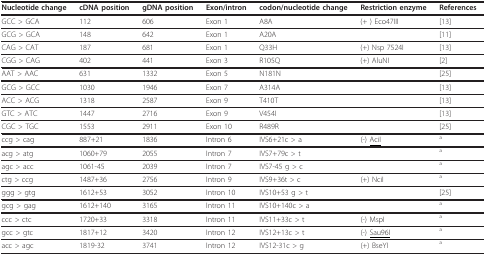
| Nucleotide change | cDNA position | gDNA position | Exon/intron | codon/nucleotide change | Restriction enzyme | References |
 | --- | --- | --- | --- | --- | --- | --- |
 | GCC > GCA | 112 | 606 | Exon 1 | A8A | (+ ) Eco47III | [13] |
 | GCG > GCA | 148 | 642 | Exon 1 | A20A |  | [11] |
 | CAG > CAT | 187 | 681 | Exon 1 | Q33H | (+) Nsp 7524I | [13] |
 | CGG > CAG | 402 | 441 | Exon 3 | R105Q | (+) AluNI | [2] |
 | AAT > AAC | 631 | 1332 | Exon 5 | N181N |  | [25] |
 | GCG > GCC | 1030 | 1946 | Exon 7 | A314A |  | [13] |
 | ACC > ACG | 1318 | 2587 | Exon 9 | T410T |  | [13] |
 | GTC > ATC | 1447 | 2716 | Exon 9 | V454I |  | [13] |
 | CGC > TGC | 1553 | 2911 | Exon 10 | R489R |  | [25] |
 | ccg > cag | 887+21 | 1836 | Intron 6 | IVS6+21c > a | (-) <underline>AciI</underline> | a |
 | acg > atg | 1060+79 | 2055 | Intron 7 | IVS7+79c > t |  | a |
 | agc > acc | 1061-45 | 2039 | Intron 7 | IVS7-45 g > c |  | a |
 | ctg > ccg | 1487+36 | 2756 | Intron 9 | IVS9+36t > c | (+) NciI | a |
 | ggg > gtg | 1612+53 | 3052 | Intron 10 | IVS10+53 g > t |  | [25] |
 | gcg > gag | 1612+140 | 3165 | Intron 11 | IVS10+140c > a |  | a |
 | ccc > ctc | 1720+33 | 3318 | Intron 11 | IVS11+33c > t | (-) MspI | a |
 | gcc > gtc | 1817+12 | 3420 | Intron 12 | IVS12+13c > t | (-) <underline>Sau96I</underline> | a |
 | acc > agc | 1819-32 | 3741 | Intron 12 | IVS12-31c > g | (+) BseYI | a |